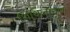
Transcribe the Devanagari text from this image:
शिथिलाचारी